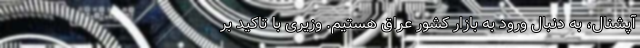
آپشنال،‌ به دنبال ورود به بازار کشور عراق هستیم. وزیری با تاکید بر